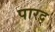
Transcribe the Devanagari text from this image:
पारद्